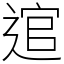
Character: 逭